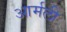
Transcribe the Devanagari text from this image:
आर्मली